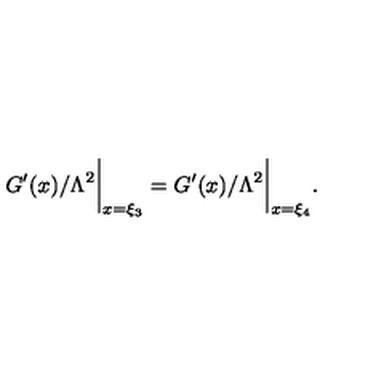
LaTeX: { G ^ { \prime } ( x ) } / { \Lambda ^ { 2 } } \biggr \vert _ { x = \xi _ { 3 } } = { G ^ { \prime } ( x ) } / { \Lambda ^ { 2 } } \biggr \vert _ { x = \xi _ { 4 } } .